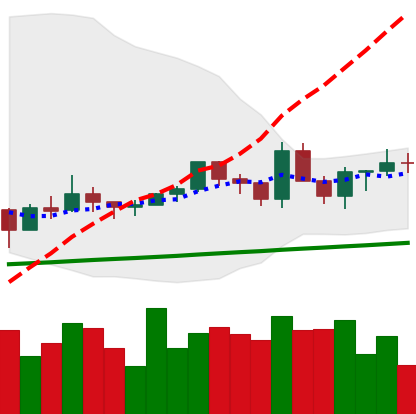
Ticker: EOS-USD
Chart end date: 2021-03-19
Forward return: -10.576%
Label: down_7plus